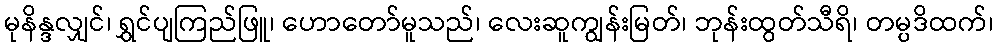
မုနိန္ဒလျှင်၊ ရွှင်ပျကြည်ဖြူ၊ ဟောတော်မူသည်၊ လေးဆူကျွန်းမြတ်၊ ဘုန်းထွတ်သီရိ၊ တမ္ပဒိထက်၊